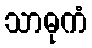
သာဓုကံ